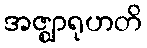
အဇ္ဈာရုဟတိ